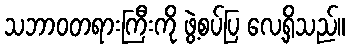
သဘာဝတရားကြီးကို ဖွဲ့စပ်ပြ လေ့ရှိသည်။